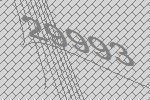
29993